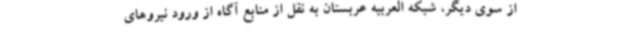
از سوی دیگر، شبکه العربیه عربستان به نقل از منابع آگاه از ورود نیروهای